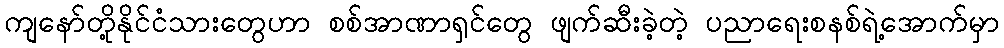
ကျနော်တို့နိုင်ငံသားတွေဟာ စစ်အာဏာရှင်တွေ ဖျက်ဆီးခဲ့တဲ့ ပညာရေးစနစ်ရဲ့အောက်မှာ